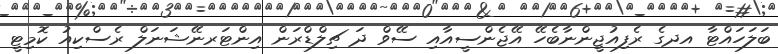
ބަލަހައްޓާ އދގެ ރެފިއުޖީންނާބެހޭ އޭޖެންސީއާއި ސޭވް ދަ ޗިލްޑްރަން އިންޓަރނޭޝަނަލް ރެސްކިއު ކޮމިޓީ